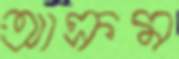
আক্রম